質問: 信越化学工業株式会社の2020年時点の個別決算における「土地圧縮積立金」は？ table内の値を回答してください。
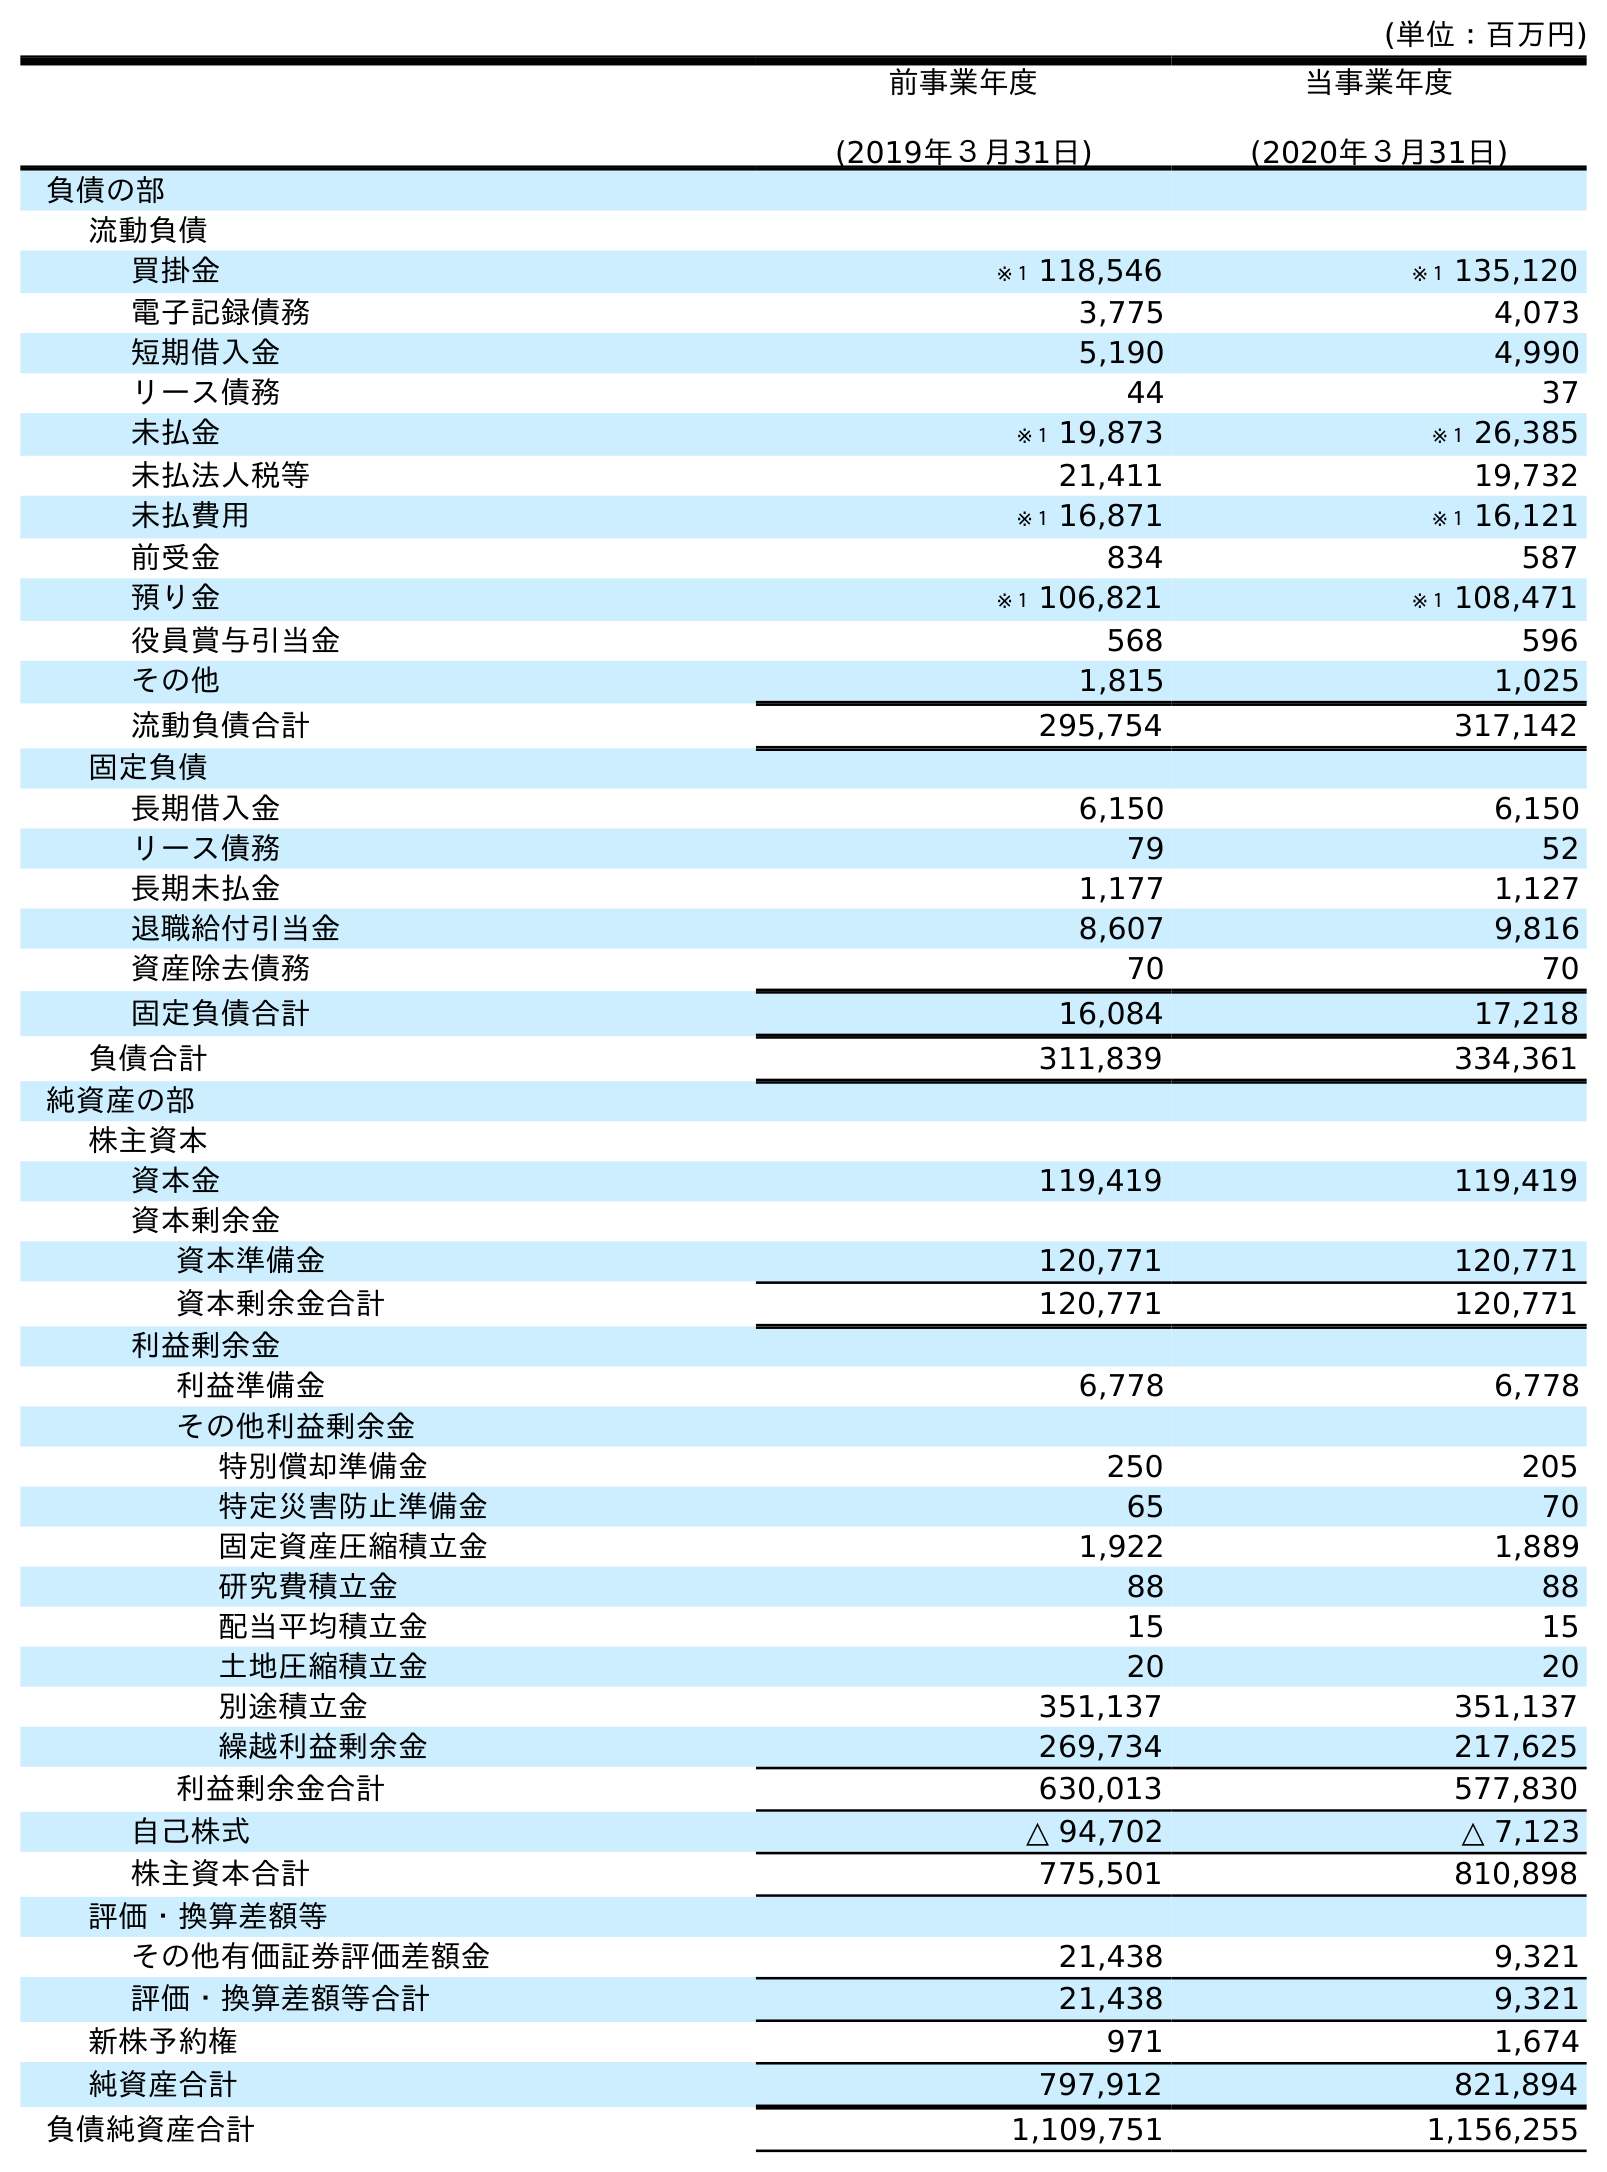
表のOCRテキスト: (単位：百万円) 前事業年度 (2019年３月31日) 当事業年度 (2020年３月31日) 負債の部 流動負債 買掛金 ※１ 118,546 ※１ 135,120 電子記録債務 3,775 4,073 短期借入金 5,190 4,990 リース債務 44 37 未払金 ※１ 19,873 ※１ 26,385 未払法人税等 21,411 19,732 未払費用 ※１ 16,871 ※１ 16,121 前受金 834 587 預り金 ※１ 106,821 ※１ 108,471 役員賞与引当金 568 596 その他 1,815 1,025 流動負債合計 295,754 317,142 固定負債 長期借入金 6,150 6,150 リース債務 79 52 長期未払金 1,177 1,127 退職給付引当金 8,607 9,816 資産除去債務 70 70 固定負債合計 16,084 17,218 負債合計 311,839 334,361 純資産の部 株主資本 資本金 119,419 119,419 資本剰余金 資本準備金 120,771 120,771 資本剰余金合計 120,771 120,771 利益剰余金 利益準備金 6,778 6,778 その他利益剰余金 特別償却準備金 250 205 特定災害防止準備金 65 70 固定資産圧縮積立金 1,922 1,889 研究費積立金 88 88 配当平均積立金 15 15 土地圧縮積立金 20 20 別途積立金 351,137 351,137 繰越利益剰余金 269,734 217,625 利益剰余金合計 630,013 577,830 自己株式 △ 94,702 △ 7,123 株主資本合計 775,501 810,898 評価・換算差額等 その他有価証券評価差額金 21,438 9,321 評価・換算差額等合計 21,438 9,321 新株予約権 971 1,674 純資産合計 797,912 821,894 負債純資産合計 1,109,751 1,156,255
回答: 20